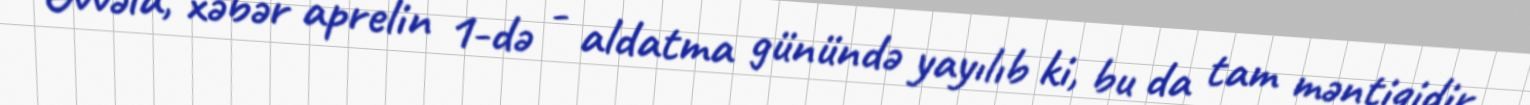
Əvvəla, xəbər aprelin 1-də - aldatma günündə yayılıb ki, bu da tam məntiqidir,